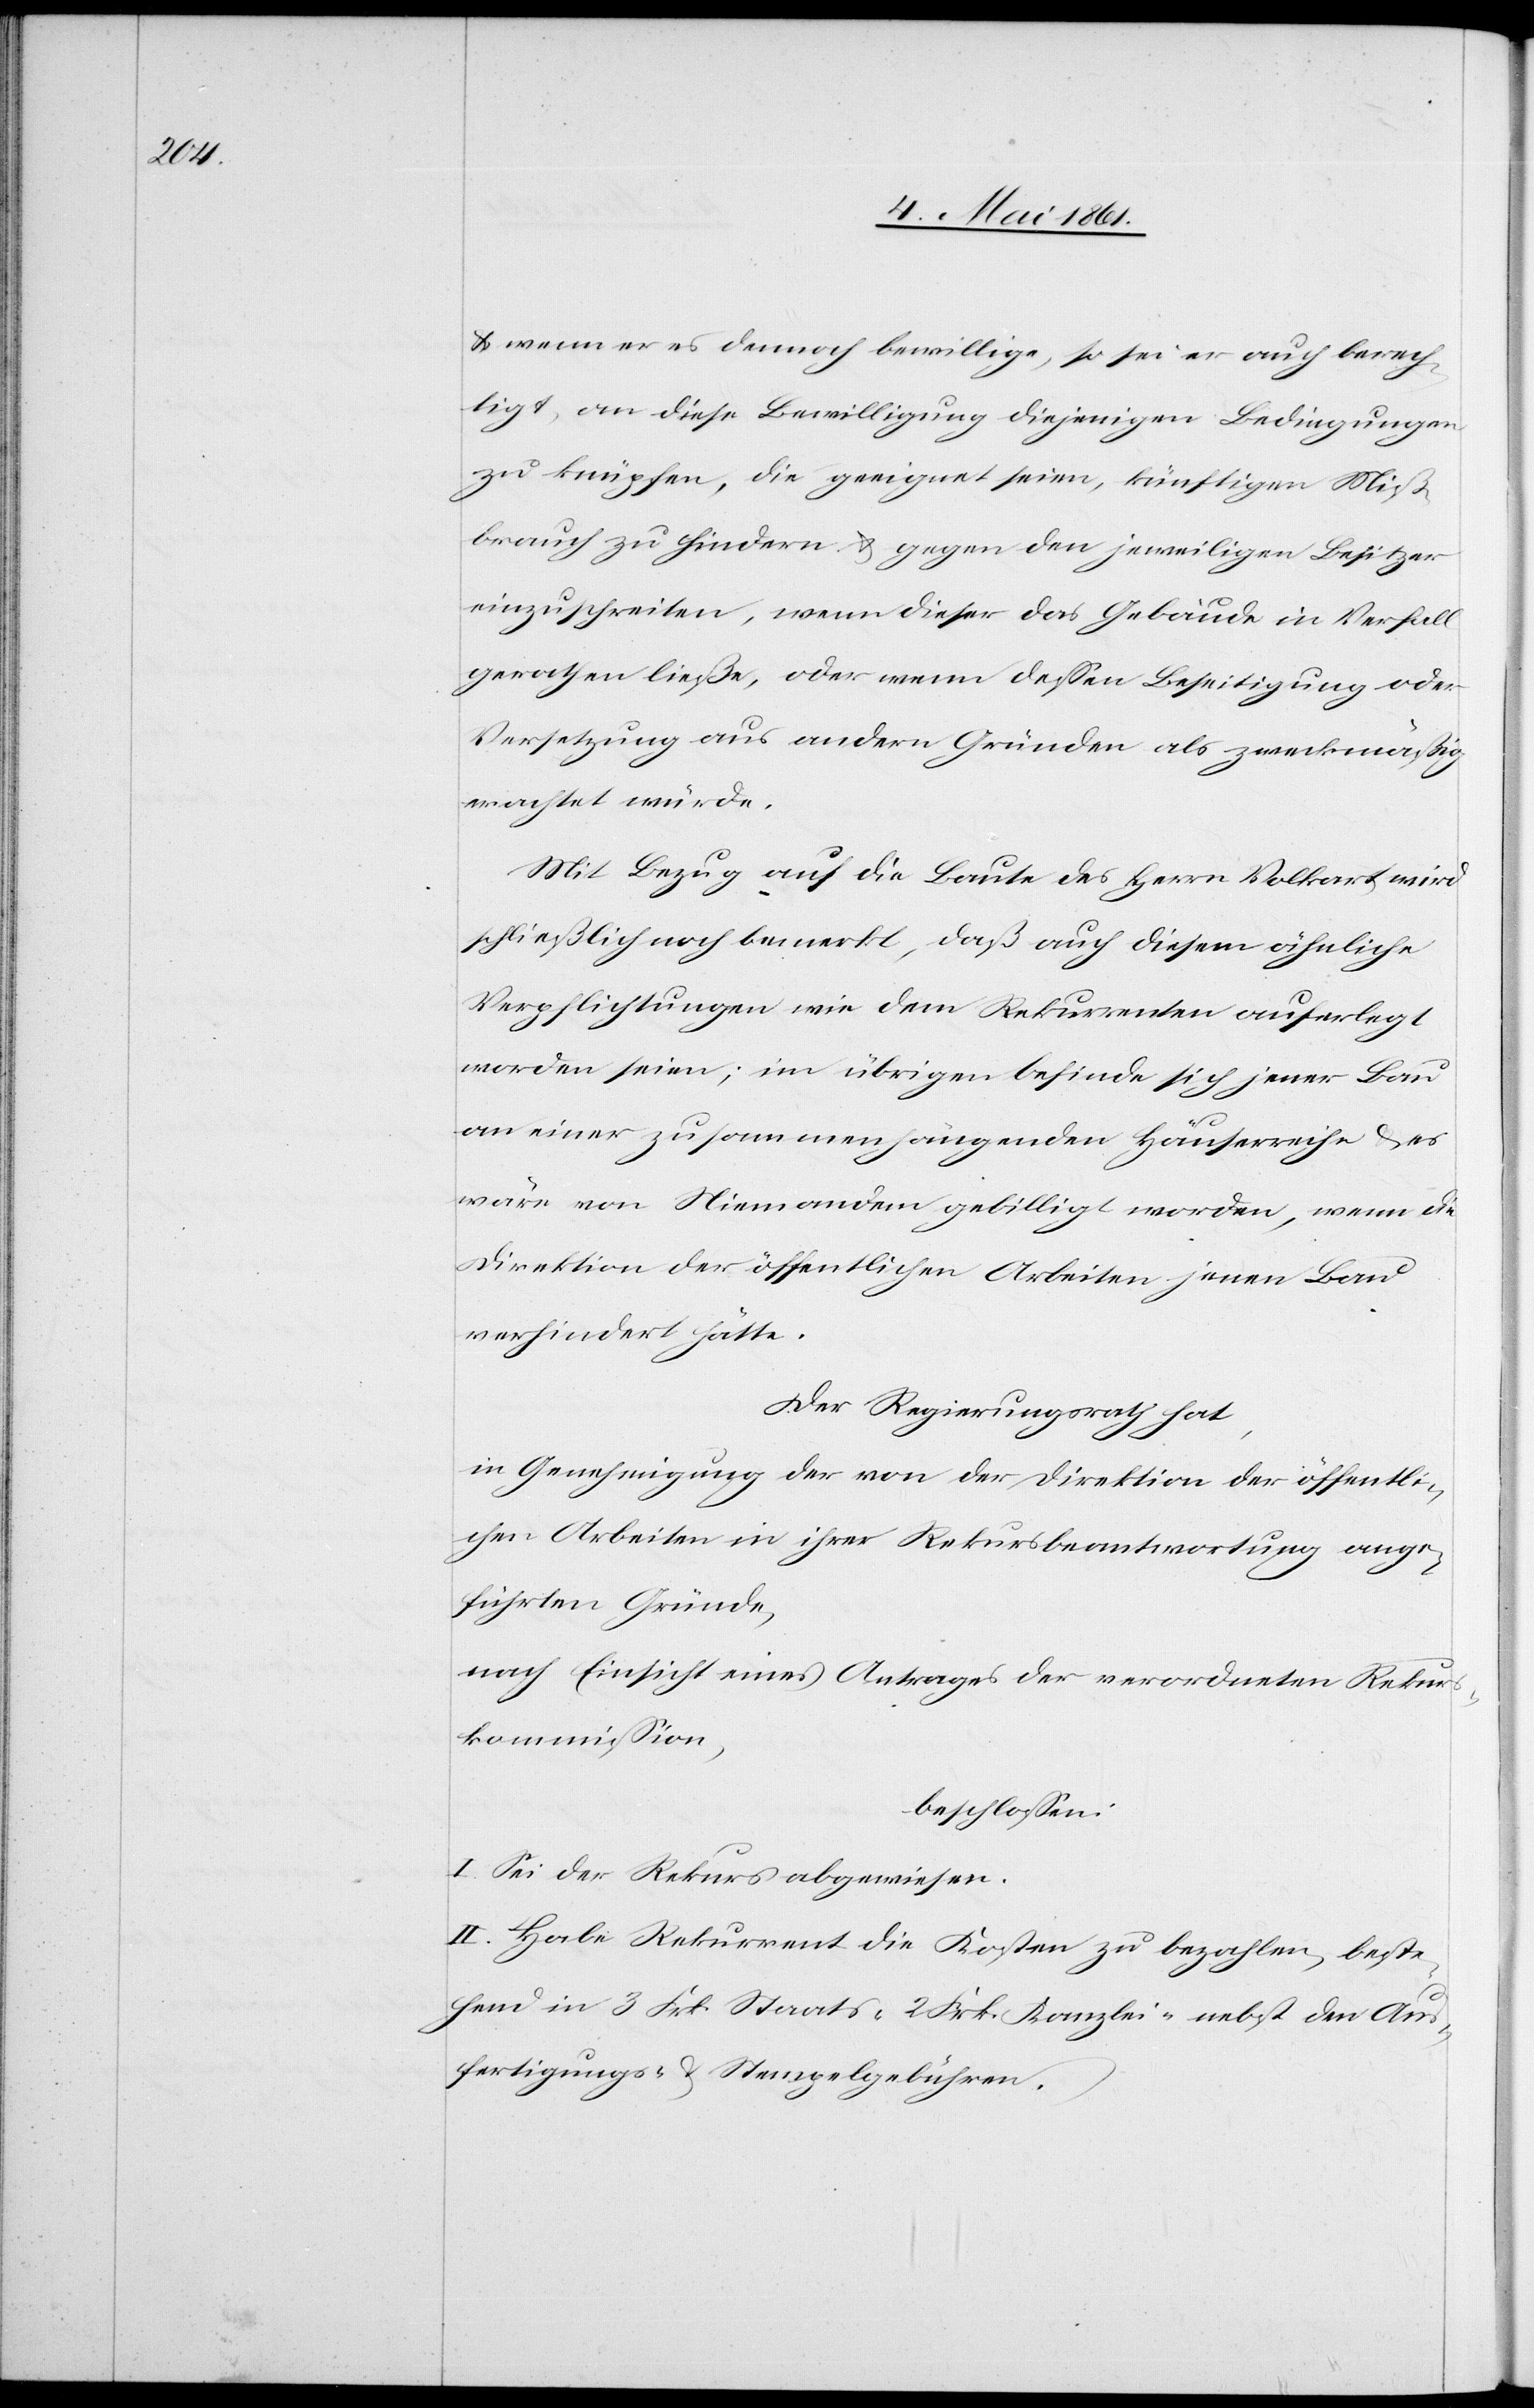
u. wenn er es dennoch bewillige, so sei er auch berech¬
tigt, an diese Bewilligung diejenigen Bedingungen
zu knüpfen, die geeignet seien, künftigen Miß¬
brauch zu hindern u. gegen den jeweiligen Besitzer
einzuschreiten, wenn dieser das Gebäude in Verfall
gerathen ließe, oder wenn dessen Beseitigung oder
Versetzung aus andern Gründen als zweckmäßig
erachtet würde.
Mit Bezug auf die Baute des Herrn Volkart wird
schließlich noch bemerkt, daß auch diesen ähnliche
Verpflichtungen wie dem Rekurrenten auferlegt
worden seien; im übrigen befinde sich jener Bau
an einer zusammenhängenden Häuserreihe u. es
wäre von Niemandem gebilligt worden, wenn die
Direktion der öffentlichen Arbeiten jenen Bau
verhindert hätte.
Der Regierungsrath hat,
in Genehmigung der von der Direktion der öffentli¬
chen Arbeiten in ihrer Rekursbeantwortung ange¬
führten Gründe,
nach Einsicht eines Antrages der verordneten Rekur¬
skommission,
beschlossen:
I. Sei der Rekurs abgewiesen.
II. Habe Rekurrent die Kosten zu bezahlen, beste¬
hend in 3 Frk. Staats- 2 Frk. Kanzlei- nebst den Aus¬
fertigungs- u. Stempelgebühren.